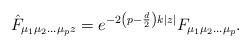
LaTeX: \begin{align*}\hat F_{\mu_{1}\mu_{2}\ldots \mu_{p} z}=e^{-2\left(p-\frac{d}{2}\right)k|z|}F_{\mu_{1}\mu_{2}\ldots \mu_{p}}.\end{align*}